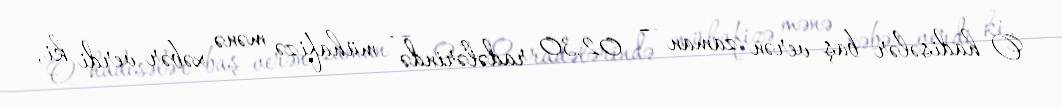
O hadisələr baş verən zaman – 02.30 radələrində - mühafizə mənə xəbər verdi ki,